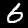
Digit: 6